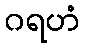
ဂရဟံ